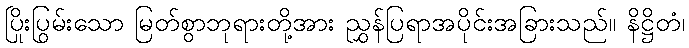
ပြိုးပြွမ်းသော မြတ်စွာဘုရားတို့အား ညွှန်ပြရာအပိုင်းအခြားသည်။ နိဋ္ဌိတံ၊